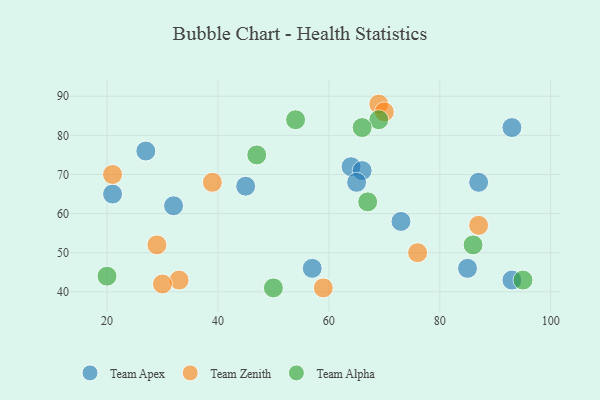
{"axis": {"x": "GDP", "y": "Life Expectancy"}, "legend": ["Team Alpha", "Team Apex", "Team Zenith"], "data": [{"x": "93", "y": 43, "type": "Team Apex"}, {"x": "21", "y": 65, "type": "Team Apex"}, {"x": "87", "y": 68, "type": "Team Apex"}, {"x": "64", "y": 72, "type": "Team Apex"}, {"x": "73", "y": 58, "type": "Team Apex"}, {"x": "66", "y": 71, "type": "Team Apex"}, {"x": "57", "y": 46, "type": "Team Apex"}, {"x": "65", "y": 68, "type": "Team Apex"}, {"x": "45", "y": 67, "type": "Team Apex"}, {"x": "32", "y": 62, "type": "Team Apex"}, {"x": "93", "y": 82, "type": "Team Apex"}, {"x": "27", "y": 76, "type": "Team Apex"}, {"x": "85", "y": 46, "type": "Team Apex"}, {"x": "76", "y": 50, "type": "Team Zenith"}, {"x": "87", "y": 57, "type": "Team Zenith"}, {"x": "69", "y": 88, "type": "Team Zenith"}, {"x": "39", "y": 68, "type": "Team Zenith"}, {"x": "33", "y": 43, "type": "Team Zenith"}, {"x": "21", "y": 70, "type": "Team Zenith"}, {"x": "30", "y": 42, "type": "Team Zenith"}, {"x": "29", "y": 52, "type": "Team Zenith"}, {"x": "70", "y": 86, "type": "Team Zenith"}, {"x": "59", "y": 41, "type": "Team Zenith"}, {"x": "95", "y": 43, "type": "Team Alpha"}, {"x": "69", "y": 84, "type": "Team Alpha"}, {"x": "66", "y": 82, "type": "Team Alpha"}, {"x": "20", "y": 44, "type": "Team Alpha"}, {"x": "47", "y": 75, "type": "Team Alpha"}, {"x": "86", "y": 52, "type": "Team Alpha"}, {"x": "67", "y": 63, "type": "Team Alpha"}, {"x": "54", "y": 84, "type": "Team Alpha"}, {"x": "50", "y": 41, "type": "Team Alpha"}]}